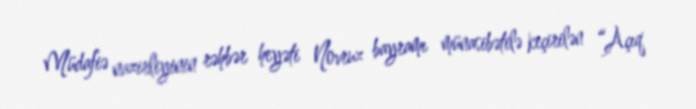
Müdafiə nazirliyinin rəhbər heyəti Novruz bayramı münasibətilə keçirilən “Açıq